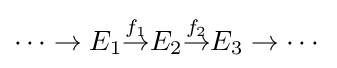
\cdots \to E_{1}{\overset {f_{1}}{\to }}E_{2}{\overset {f_{2}}{\to }}E_{3}\to \cdots